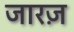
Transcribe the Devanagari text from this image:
जारज़